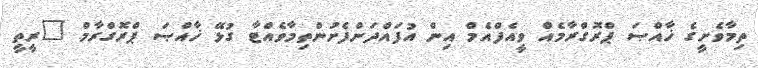
ތިމާވެށީގެ ޚާއްޞަ ޕްރޮގްރާމެއް ވީއެފްއެމް އިން އުފައްދަންފެށުންތިމާވެއްޓާ ގުޅޭ ޚާއްޞަ ޕްރޮގްރާމް "ރީތީ